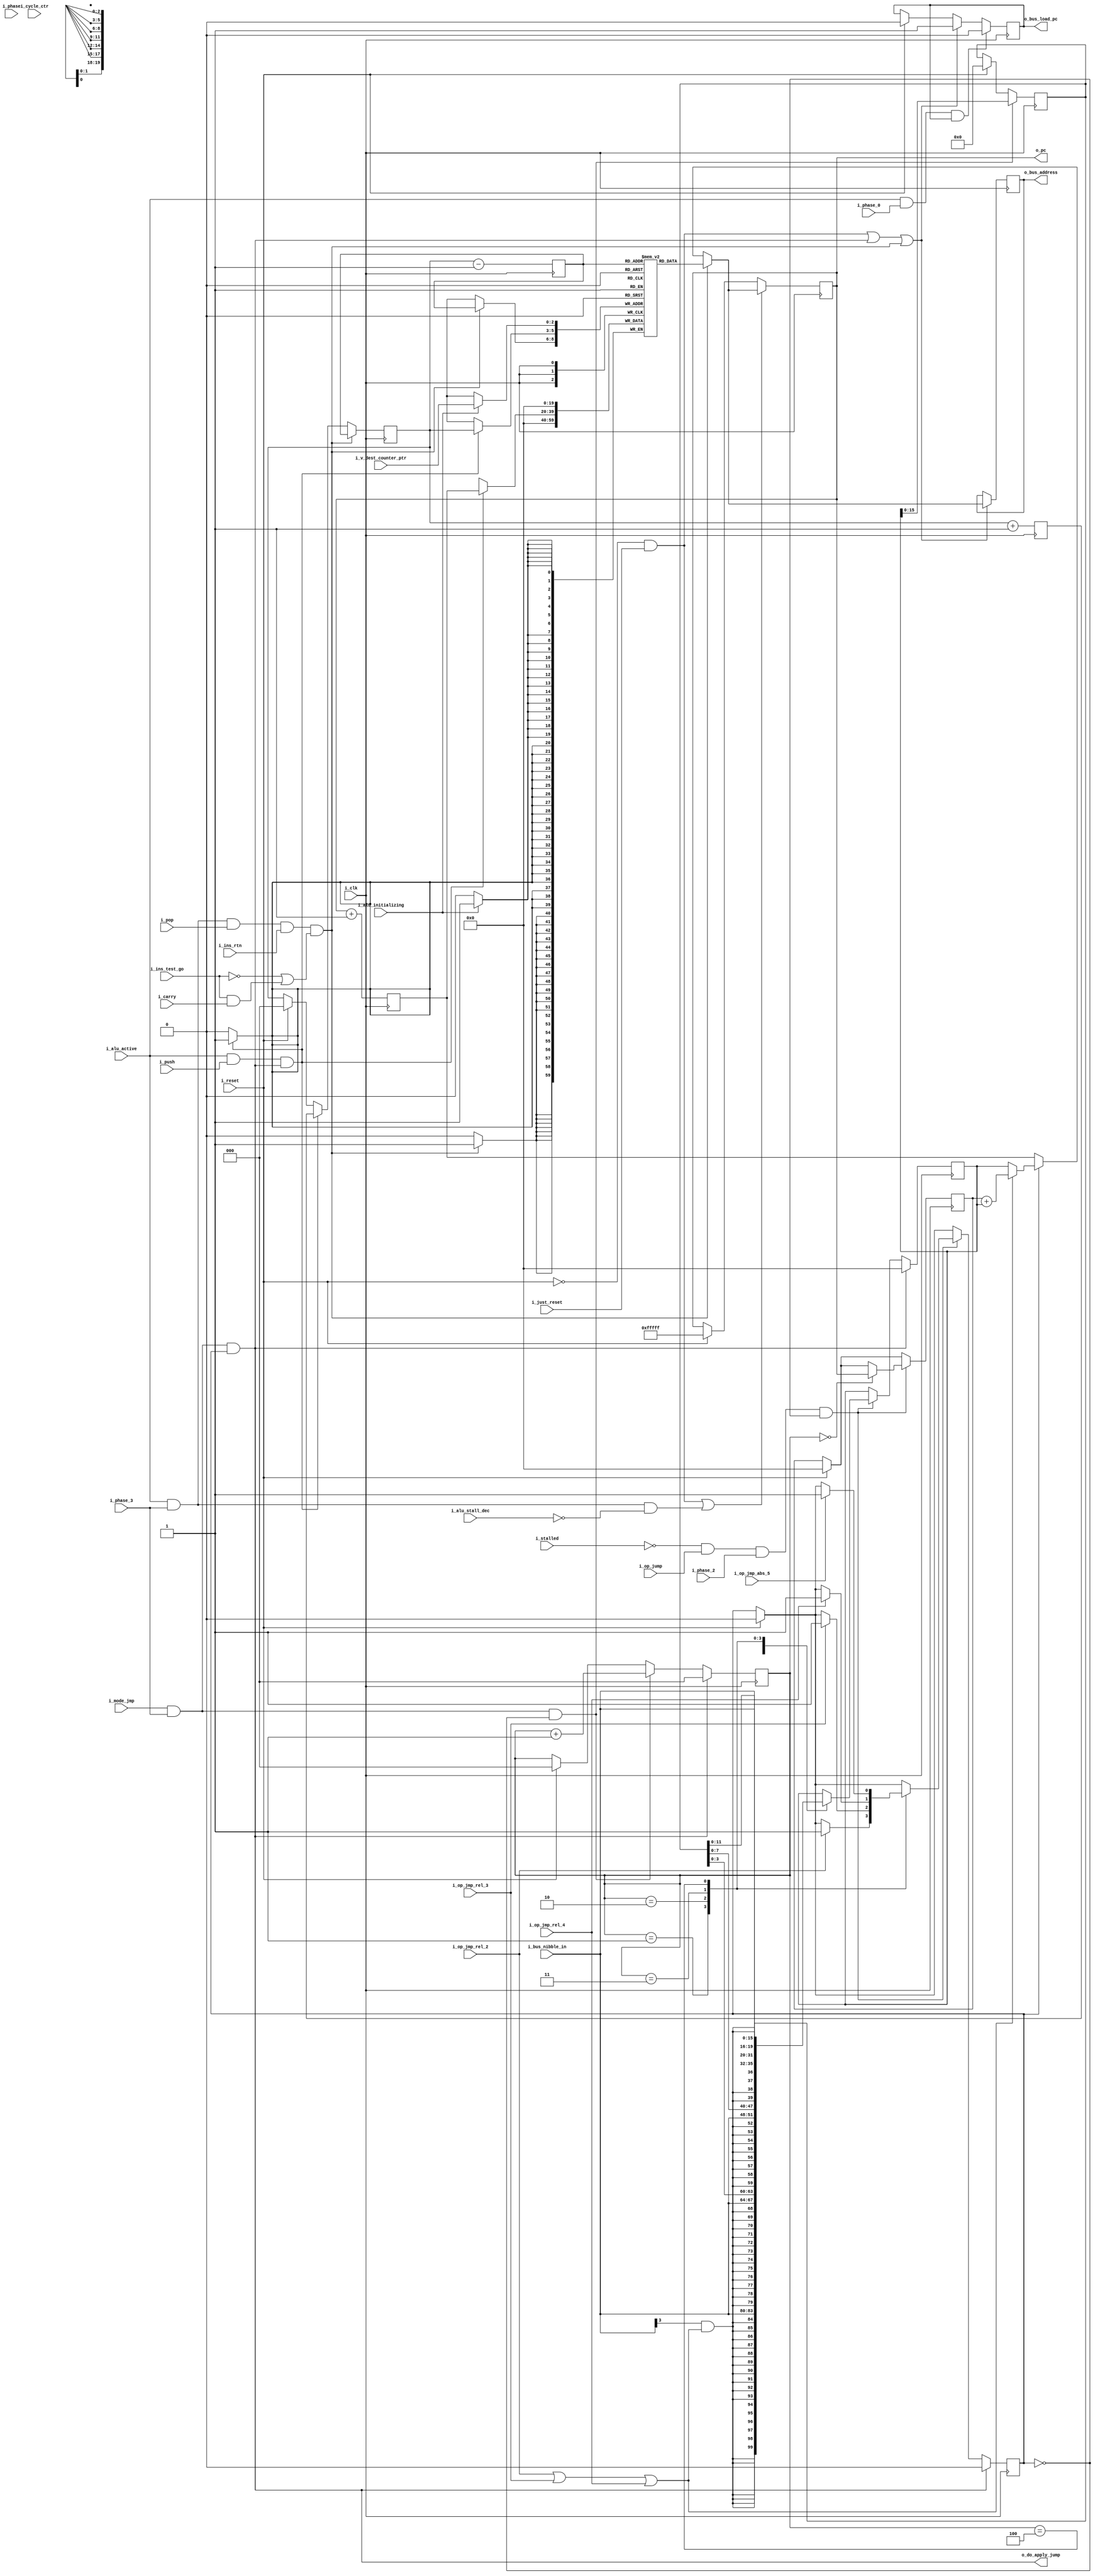

/*
    (c) Raphal Jacquot 2019

    This file is part of hp_saturn.

    hp_saturn is free software: you can redistribute it and/or modify
    it under the terms of the GNU General Public License as published by
    the Free Software Foundation, either version 3 of the License, or
    any later version.

    hp_saturn is distributed in the hope that it will be useful,
    but WITHOUT ANY WARRANTY; without even the implied warranty of
    MERCHANTABILITY or FITNESS FOR A PARTICULAR PURPOSE.  See the
    GNU General Public License for more details.

    You should have received a copy of the GNU General Public License
    along with Foobar.  If not, see <https://www.gnu.org/licenses/>.

 */

`ifndef _SATURN_ALU_PC
`define _SATURN_ALU_PC

`default_nettype none //


module saturn_alu_pc (
  i_clk,
  i_reset,
  i_stalled,
  i_just_reset,
  i_alu_active,
  i_cycle_ctr,
  i_phase,
  i_phase_0,
  i_phase_2,
  i_phase_3,

  i_alu_initializing,
  i_v_dest_counter_ptr,

  o_bus_address,
  o_bus_load_pc,
  i_bus_nibble_in,

  i_alu_stall_dec,
  i_ins_rtn,
  i_ins_test_go,
  i_push,
  i_pop,

  i_mode_jmp,
  i_carry,

  i_op_jump,
  i_op_jmp_rel_2,
  i_op_jmp_rel_3,
  i_op_jmp_rel_4,
  i_op_jmp_abs_5,

  o_do_apply_jump,

`ifdef SIM
  o_pc,
  o_rstk_ptr,
  o_rstk_0,
  o_rstk_1,
  o_rstk_2,
  o_rstk_3,
  o_rstk_4,
  o_rstk_5,
  o_rstk_6,
  o_rstk_7
`else
  o_pc
`endif
);

input wire  [0:0]  i_clk;
input wire  [0:0]  i_reset;
input wire  [0:0]  i_stalled;
input wire  [0:0]  i_just_reset;
input wire  [0:0]  i_alu_active;
input wire  [31:0] i_cycle_ctr;
input wire  [1:0]  i_phase;
input wire  [0:0]  i_phase_0;
input wire  [0:0]  i_phase_2;
input wire  [0:0]  i_phase_3;

input wire  [0:0]  i_alu_initializing;
input wire  [2:0]  i_v_dest_counter_ptr;

output reg  [19:0] o_bus_address;
output reg  [0:0]  o_bus_load_pc;
input  wire [3:0]  i_bus_nibble_in;

input wire  [0:0]  i_alu_stall_dec;
input wire  [0:0]  i_ins_rtn;
input wire  [0:0]  i_ins_test_go;
input wire  [0:0]  i_push;
input wire  [0:0]  i_pop;

input wire  [0:0]  i_mode_jmp;
input wire  [0:0]  i_carry;

input wire  [0:0]  i_op_jump;
input wire  [0:0]  i_op_jmp_rel_2;
input wire  [0:0]  i_op_jmp_rel_3;
input wire  [0:0]  i_op_jmp_rel_4;
input wire  [0:0]  i_op_jmp_abs_5;

output wire [0:0]  o_do_apply_jump;

output wire [19:0] o_pc;
`ifdef SIM
output wire [2:0]  o_rstk_ptr;
output wire [19:0] o_rstk_0;
output wire [19:0] o_rstk_1;
output wire [19:0] o_rstk_2;
output wire [19:0] o_rstk_3;
output wire [19:0] o_rstk_4;
output wire [19:0] o_rstk_5;
output wire [19:0] o_rstk_6;
output wire [19:0] o_rstk_7;
`endif

/* module 5:
 * manages all that is linked with the program counter
 */

/* main PC and RSTK registers */

reg  [2:0]       rstk_ptr;
reg  [19:0]      PC;
reg  [19:0]      RSTK[0:7];

assign o_pc    = PC;
`ifdef SIM
assign o_rstk_ptr = rstk_ptr;
assign o_rstk_0   = RSTK[0];
assign o_rstk_1   = RSTK[1];
assign o_rstk_2   = RSTK[2];
assign o_rstk_3   = RSTK[3];
assign o_rstk_4   = RSTK[4];
assign o_rstk_5   = RSTK[5];
assign o_rstk_6   = RSTK[6];
assign o_rstk_7   = RSTK[7];
`endif

// assign goyes_off = {{12{i_imm_value[3]}}, i_imm_value, jump_off[3:0]};
// assign goyes_pc  = jump_bse + goyes_off;
// // rtnyes is already handled by i_ins_test_go
// assign is_rtn_rel2    = (alu_op == `ALU_OP_JMP_REL2) && (goyes_off == 0);
// assign is_jmp_rel2    = (alu_op == `ALU_OP_JMP_REL2) && !(goyes_off == 0); 
// assign jmp_carry_test = (i_test_carry && (CARRY == i_carry_val));
// assign exec_rtn_rel2  = is_rtn_rel2 && jmp_carry_test && alu_done;
// // assign set_jmp_rel2   = is_jmp_rel2 && jmp_carry_test && alu_finish;
// assign exec_jmp_rel2  = is_jmp_rel2 && jmp_carry_test && alu_done;

/* jump values generator */

reg [2:0]  jump_offset_counter;
reg [19:0] jump_base;
reg [15:0] jump_offset;
reg [19:0] new_jump_offset;
reg [0:0]  jump_start;
reg [0:0]  jump_done;

wire [0:0] jump_relative;
assign jump_relative = i_op_jmp_rel_2 || i_op_jmp_rel_3 || i_op_jmp_rel_4;

// wire [0:0] do_set_jump_base;
wire [0:0] do_pre_calc_jump;
wire [0:0] do_calc_jump;

// assign do_set_jump_base = start_in_jmp_mode && !jump_done && jump_start; 
assign do_pre_calc_jump = !i_stalled && i_op_jump && i_phase_2 && !jump_done;
assign do_calc_jump     = i_mode_jmp && i_phase_3 && !jump_done;
assign o_do_apply_jump  = i_mode_jmp && i_phase_3 &&  jump_done;

wire [19:0] jump_pc;
assign jump_pc = jump_relative?(jump_base+new_jump_offset):new_jump_offset;

/* pc update generator */

reg  [19:0] pc_plus_1;
reg  [2:0]  rstk_ptr_plus_1;
reg  [2:0]  rstk_ptr_minus_1;
wire [19:0] next_pc;
wire [0:0]  update_pc;
wire [0:0]  reload_pc;
wire [0:0]  pop_pc;
wire [0:0]  push_pc;
wire [0:0]  pc_lines_cleanup;


assign next_pc   = (jump_done)?jump_pc:pc_plus_1;
assign update_pc = (!i_reset && i_just_reset) || i_alu_active && i_phase_3 && (!i_alu_stall_dec) /* || exec_unc_jmp || exec_jmp_rel2 */;

assign pop_pc    = i_alu_active && i_phase_3 && i_pop && i_ins_rtn && ((!i_ins_test_go) || (i_ins_test_go && i_carry));
assign push_pc   = i_alu_active && i_push && o_do_apply_jump;
assign reload_pc = (!i_reset && i_just_reset) || o_do_apply_jump || pop_pc;

assign pc_lines_cleanup = i_alu_active && i_phase_0;

always @(posedge i_clk) begin

  /*
   * initializes default values
   */
  if (i_reset) begin
    PC                  <= ~0;
    o_bus_load_pc       <= 0;
    rstk_ptr            <= 0;
    jump_offset_counter <= 0;
    jump_base           <= 0;
    jump_offset         <= 0;
    jump_done           <= 0;
  end

  /* on every clock, we update 
   * pc + 1
   * rstk_ptr - 1
   * rstk_ptr + 1
   */
  pc_plus_1        <= PC + 20'd1;
  rstk_ptr_minus_1 <= rstk_ptr - 3'd1;
  rstk_ptr_plus_1  <= rstk_ptr + 3'd1;

  /*
   * Similarly to the data registers,
   * initializes the RSTK while the PC is first loaded
   *
   */
  if (i_alu_initializing)
    RSTK[i_v_dest_counter_ptr] <= 0;

  /** 
   * handles jumps
   *
   */

  /* nibble was read in phase 1
   * in phase 2, we precalculate all values for a jump
   */
  if (do_pre_calc_jump) begin
    $display("ALU_PC   %0d: [%d] pre_calc_jump %0d %h", i_phase, i_cycle_ctr, jump_offset_counter, i_bus_nibble_in);
    case (jump_offset_counter)
      0: begin
        new_jump_offset <= {{16{i_bus_nibble_in[3] && jump_relative}}, i_bus_nibble_in};
        jump_start <= 1'b1;
        jump_base <= PC;
      end
      1: begin
        new_jump_offset <= {{12{i_bus_nibble_in[3] && jump_relative}}, i_bus_nibble_in, jump_offset[ 3:0]};
        if (i_op_jmp_rel_2) jump_done <= 1'b1;
      end
      2: begin
        new_jump_offset <= {{ 8{i_bus_nibble_in[3] && jump_relative}}, i_bus_nibble_in, jump_offset[ 7:0]};
        if (i_op_jmp_rel_3) jump_done <= 1'b1;
      end
      3: begin
        new_jump_offset <= {{ 4{i_bus_nibble_in[3] && jump_relative}}, i_bus_nibble_in, jump_offset[11:0]};
        if (i_op_jmp_rel_4) jump_done <= 1'b1;
      end
      4: begin
        new_jump_offset <= {i_bus_nibble_in, jump_offset[15:0]};
        if (i_op_jmp_abs_5) jump_done <= 1'b1;
      end
      default: begin end
    endcase
  end

  /*
   * in phase 3, we either update the counter
   */
  if (do_calc_jump) begin
    $display("ALU_PC   %0d: [%d] calc jump     %0d | nibble %h | rel %b | base %h | offset %h | jump_pc %h", 
             i_phase, i_cycle_ctr, jump_offset_counter, i_bus_nibble_in, jump_relative, jump_base, new_jump_offset, jump_pc);
    jump_offset <= new_jump_offset[15:0];
    jump_offset_counter <= jump_offset_counter + 3'b1;
  end

  /*
   * or apply the jump 
   */
  if (o_do_apply_jump) begin
    $display("ALU_PC   %0d: [%d] apply jump    %0d | nibble %h | rel %b | base %h | offset %h | jump_pc %h",
             i_phase, i_cycle_ctr, jump_offset_counter, i_bus_nibble_in, jump_relative, jump_base, new_jump_offset, jump_pc);
    jump_offset_counter <= 3'b0;
    new_jump_offset <= 20'b0;
    jump_start <= 1'b0;
    jump_done <= 1'b0;
  end

  /**
   *
   * Update the PC.
   * Request the new PC be loaded to the other modules through 
   * the bus if necessary 
   *
   */

  if (update_pc) begin
    // $display("ALU_PC   %0d: [%d] update pc to %h", phase, i_cycle_ctr, next_pc);
    PC <= pop_pc ? RSTK[rstk_ptr_minus_1] : next_pc;
  end


  if (push_pc) begin
    $display("ALU_PC   %0d: [%d] PUSH PC %5h to RSTK[%0d]", i_phase, i_cycle_ctr, pc_plus_1, rstk_ptr);
    RSTK[rstk_ptr] <= pc_plus_1;
    rstk_ptr       <= rstk_ptr_plus_1;
  end
  
    // $display("pop %b && rtn %b && ((!go %b) || (go %b && c %b))", 
            // i_pop, i_ins_rtn, !i_ins_test_go, i_ins_test_go, c_carry);
  if (pop_pc) begin
    $display("ALU_PC   %0d: [%d] POP RSTK[%0d] to PC %5h", i_phase, i_cycle_ctr, rstk_ptr_minus_1, RSTK[rstk_ptr_minus_1]);
    rstk_ptr <= rstk_ptr_minus_1;
    RSTK[rstk_ptr_minus_1] <= 20'b0;
  end

  if (reload_pc) begin
    $display("ALU_PC   %0d: [%d] $$$$ RELOADING PC to %h $$$$", 
             i_phase, i_cycle_ctr, (pop_pc ? RSTK[rstk_ptr_minus_1] : next_pc));
    o_bus_address <= pop_pc ? RSTK[rstk_ptr_minus_1] : next_pc;
    o_bus_load_pc <= 1'b1;
  end

  if (pc_lines_cleanup && o_bus_load_pc)
    o_bus_load_pc <= 1'b0;

end

endmodule

`endif